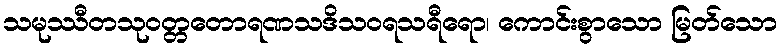
သမုဿီတသုဝတ္တတောရဏသဒိသဝရသရီရော၊ ကောင်းစွာသော မြတ်သော